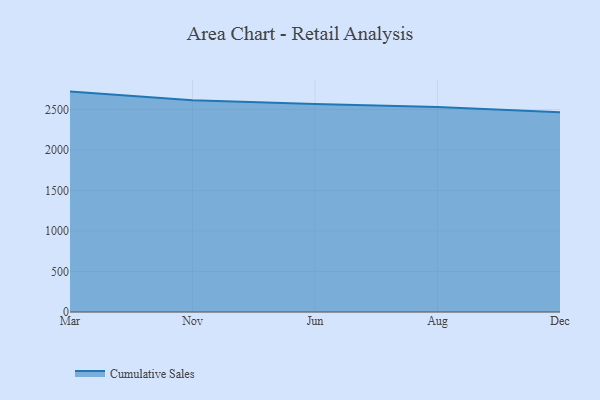
{"axis": {"x": "Month", "y": "Production Output"}, "legend": ["Cumulative Sales"], "data": [{"x": "Mar", "y": 2720.2, "type": "Cumulative Sales"}, {"x": "Nov", "y": 2613.5, "type": "Cumulative Sales"}, {"x": "Jun", "y": 2568.6, "type": "Cumulative Sales"}, {"x": "Aug", "y": 2529.4, "type": "Cumulative Sales"}, {"x": "Dec", "y": 2466.8, "type": "Cumulative Sales"}]}